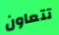
تتعاون